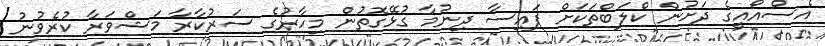
އެސްއޯއީގެ ދަށުން ކްލަބްތަކަށް ފައިސާ ދިނުމާ ގުޅޭގޮތުން މިހާރުގެ ސަރުކާރާ މަޝްވަރާ ކުރެވުނު